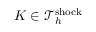
K \in \mathcal { T } _ { h } ^ { \mathrm { s h o c k } }